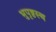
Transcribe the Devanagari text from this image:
भुपृष्ठस्थ